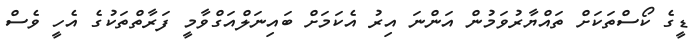
ޑީގެ ކޯސްތަކަށް ތައްޔާރުވަމުން އަންނަ އިރު އެކަމަށް ބައިނަލްއަގްވާމީ ފަރާތްތަކުގެ އެހީ ވެސް